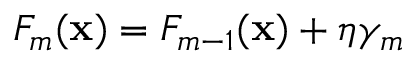
F _ { m } ( { \bf x } ) = F _ { m - 1 } ( { \bf x } ) + \eta \gamma _ { m }